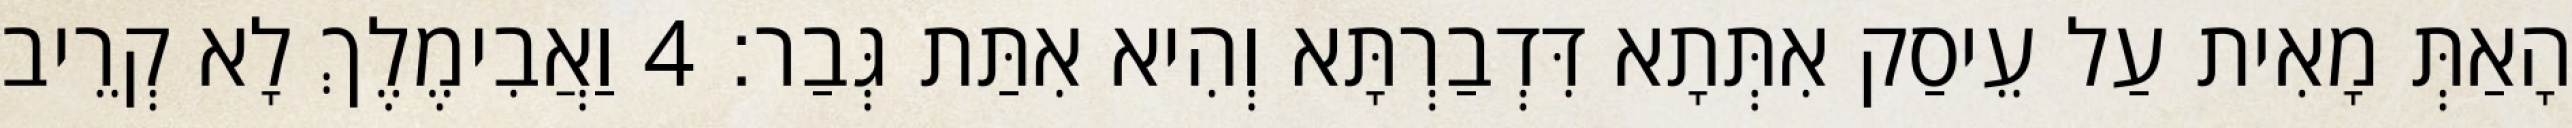
הָאַתְּ מָאִית עַל עֵיסַק אִתְּתָא דִּדְבַרְתָּא וְהִיא אִתַּת גְּבַר׃ 4 וַאֲבִימֶלֶךְ לָא קְרֵיב